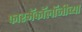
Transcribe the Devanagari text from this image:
फारमॅकॉलॉजीच्या